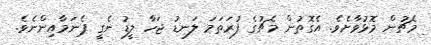
މެޗުން މޮޅުވާށެވެ. އެގޮތުން މެޗުގެ ފުރަތަމަ ލަނޑު ޖަހާ ލީޑު ނެގީ ޕެނަމާއިންނެވެ.